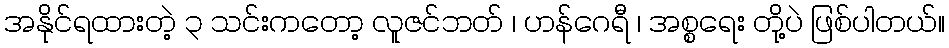
အနိုင်ရထားတဲ့ ၃ သင်းကတော့ လူဇင်ဘတ် ၊ ဟန်ဂေရီ ၊ အစ္စရေး တို့ပဲ ဖြစ်ပါတယ်။